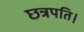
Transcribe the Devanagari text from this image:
छत्रपति।